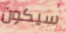
سيكون